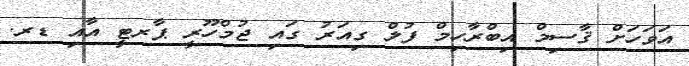
އަވަހަށް ޤާސިމް އިބްރާހިމް ފުލް ގިއަރު ގައި ޖުމްހޫރީ ޕާރޓީ އާއި ޑރ.